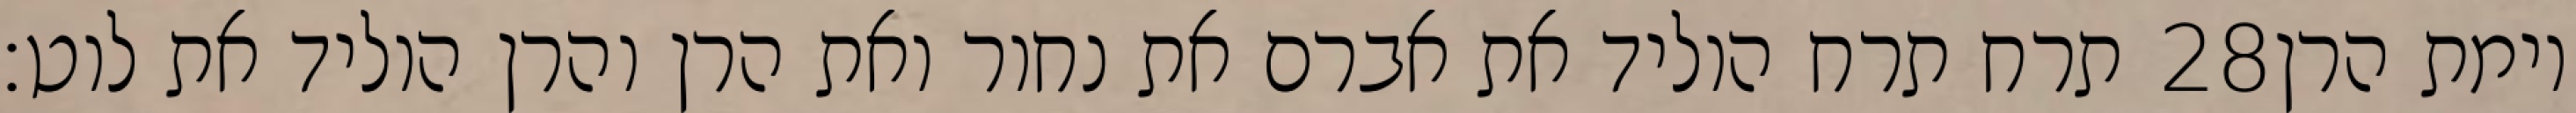
תרח תרח הוליד את אברם את נחור ואת הרן והרן הוליד את לוט׃ ‎28‏ וימת הרן